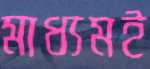
মাধ্যমই